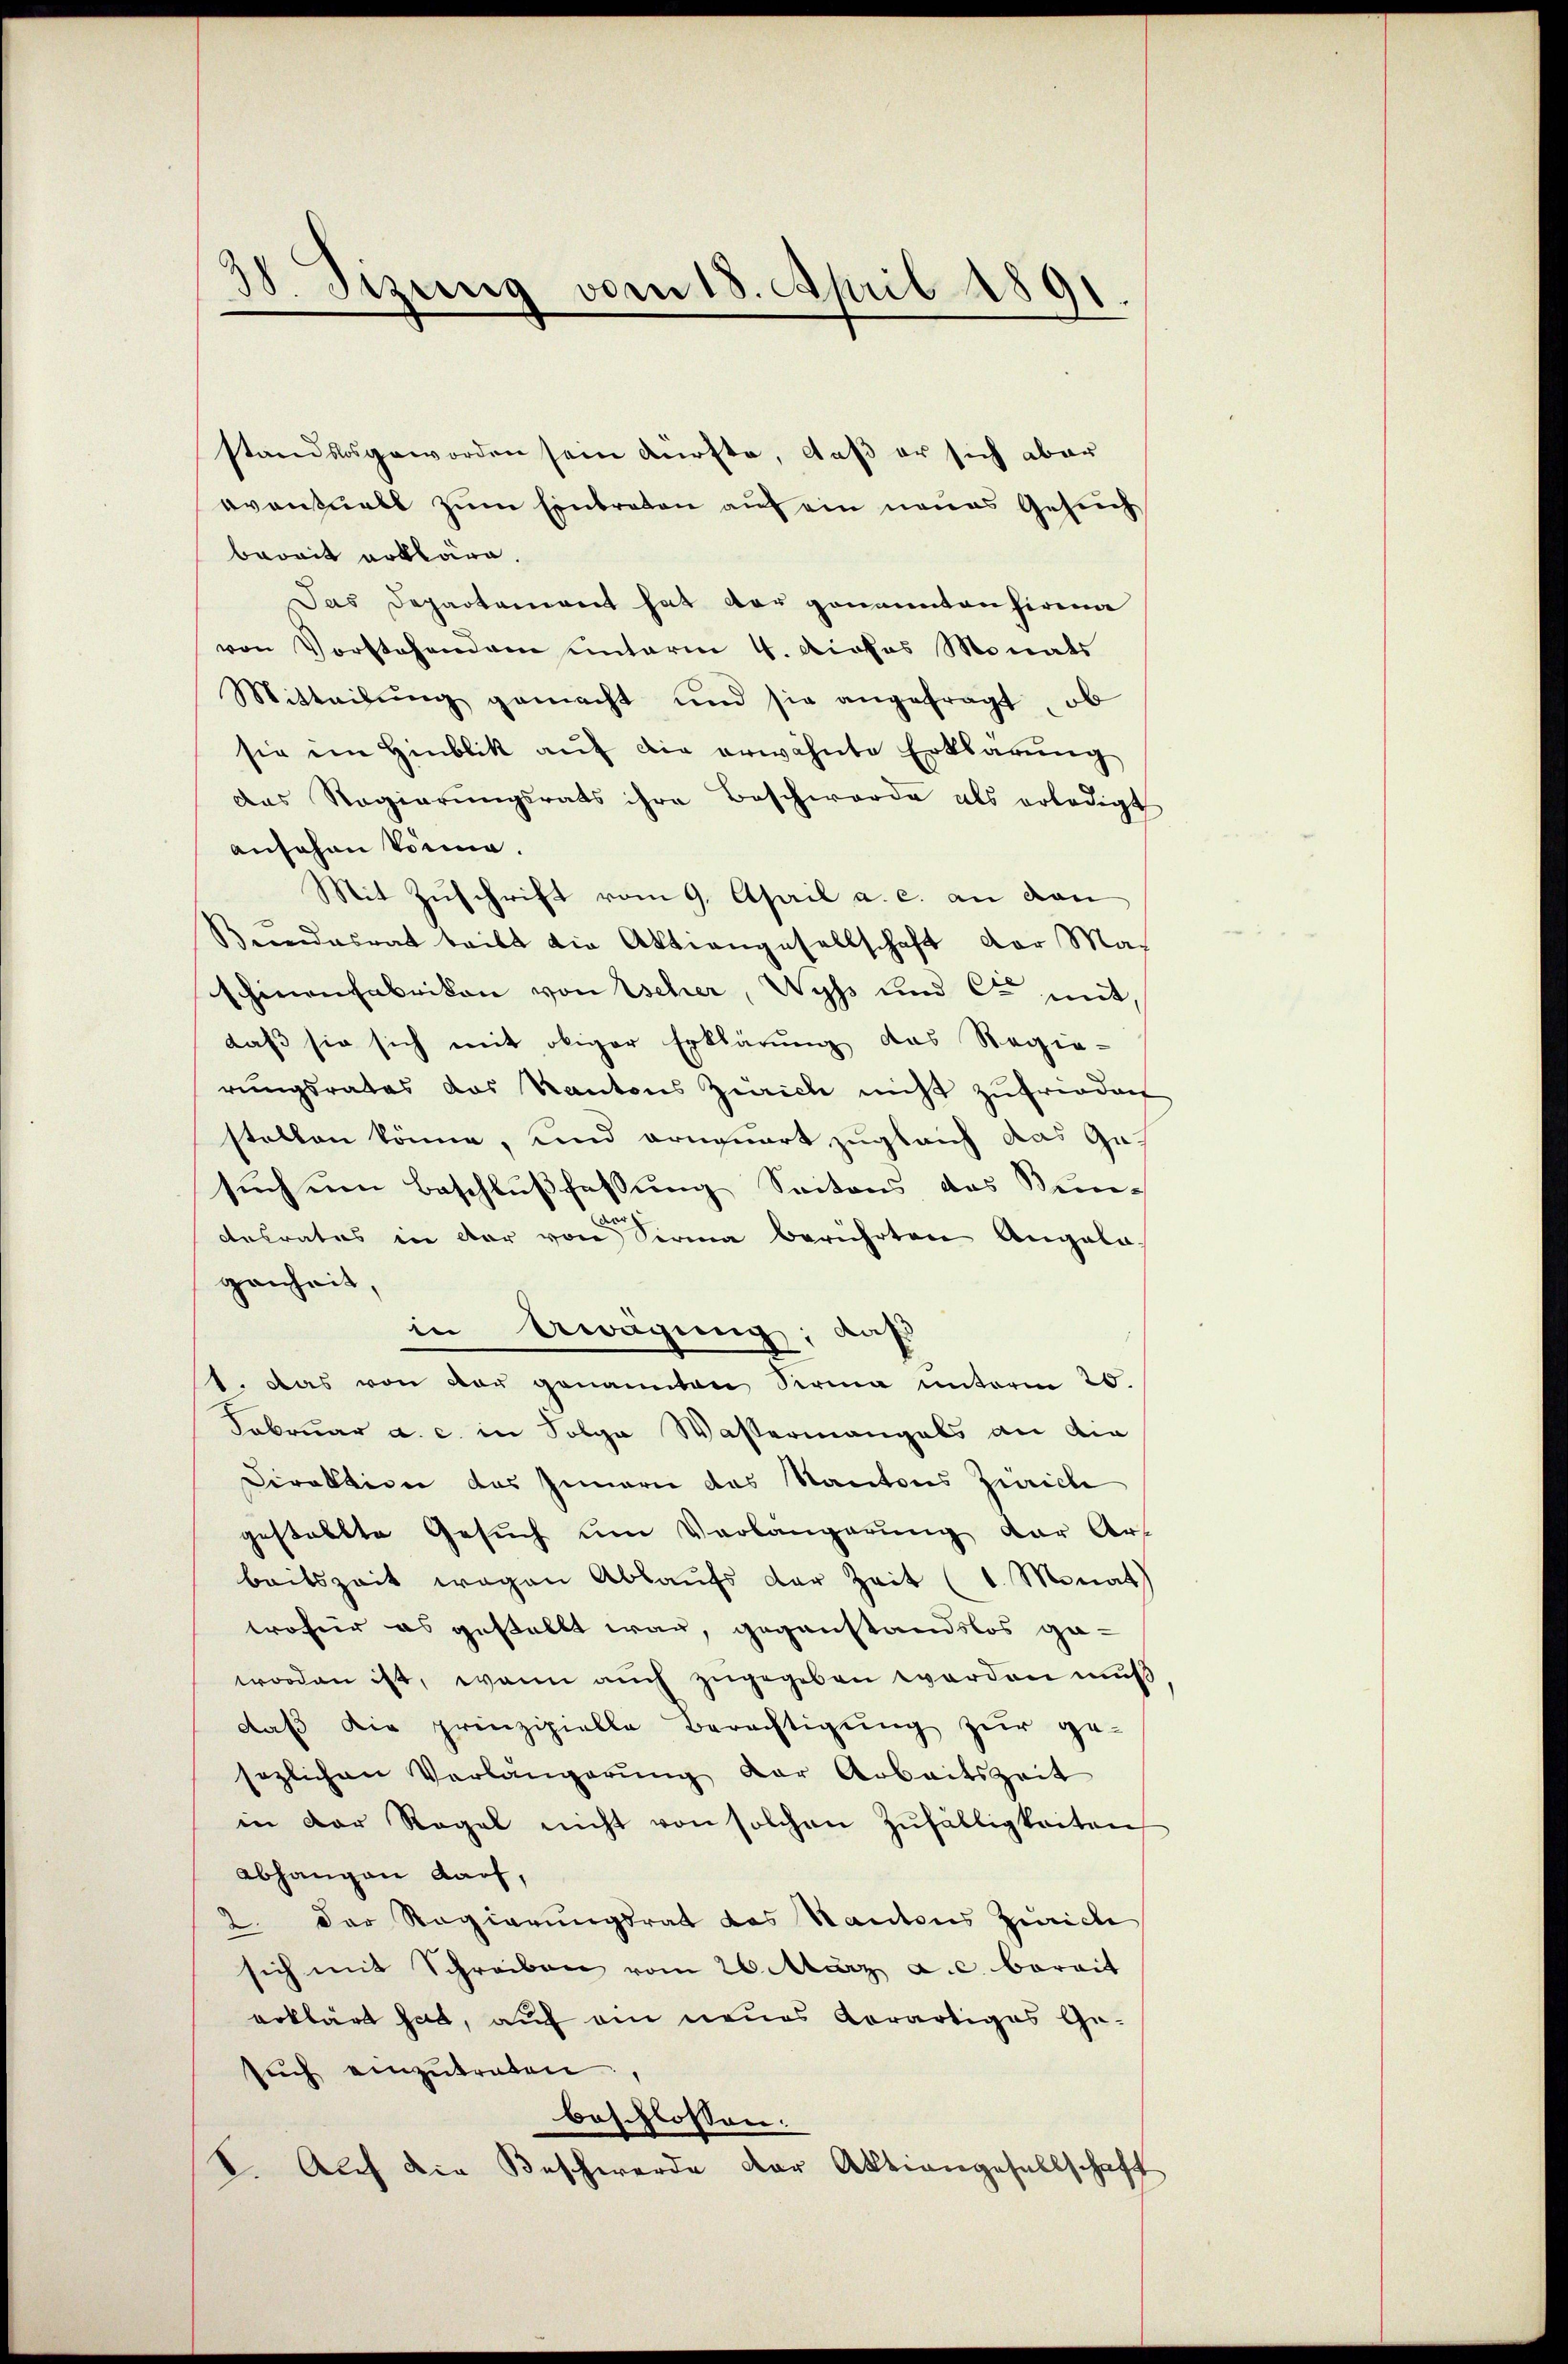
38. Sizung vom 18. April 1891
d

standslos geworden sein dürfte, daß er sich aber
eventuell zum Einbraten auf ein neues Gesuch
bereit erkläre.
Das Departement hat der genannten Firma
von Vorstehendem unterm 4. Apotes Monats
Mitteilŭng gemacht und sie angefragt, ob
sie im Hinblik auf die erwähnte Erklärung
das Regierŭngsrats ihre Beschwerde als erledigt
ansehen könne.
Mit Zuschrift vom 9. April a. c. an dan
Beendesrat teilt die Aktiengesellschaft der Maschinenfabrikon von Escher, Wyss und Cr mit
daß sie sich mit obiger Erklärung das Regie-
rungsrates das Kantons Zürich nicht zufrieden
stellen könne, und erneuert zugleich das Gesuch um Beschlußfassung Seitens das Bun-
a
Retrates in der von Sirna berührten Angela
genheit,
in Awägung; daß
1. Das von vor genannten Sirma unterm 20.
Februar a. c. in Folge Wassermangels an die
Direktion das Innern das Kantons Zürich
gestellte Gesuch um Verlängerŭng der Art
beitszeit wegen Ablaufs der Zeit (1. Monat
troffer es gestellt war, gegenstandslos ge-
worden ist, wenn auch zugegeben worden muß
daß die prinzipielle Berechtigung zur ge-
sezlichen Verlängerŭng der Arbeitszeit
in der Regel nicht von solchen Zŭfälligkeiten
abhangen darf,
2. Der Regierungsrat das Kantons Zürich
sich mit Schreiben vom 26. März a.c. bereit
erklärt hat, auf ein neues Aerartiges Gesuch einzutreten.
beschlossen.
V. Auch die Beschwerde der Aktiengesellschaft